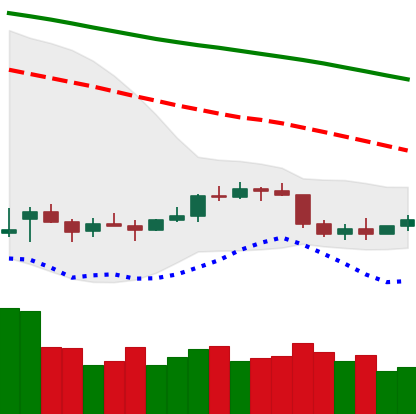
Ticker: ETC-USD
Chart end date: 2022-01-02
Forward return: -14.002%
Label: down_7plus